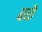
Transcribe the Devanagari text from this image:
बळै